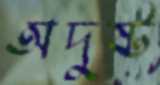
অদুষ্ট